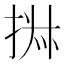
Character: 𰓹